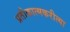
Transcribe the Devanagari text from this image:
प्रतीकात्मकरीत्या